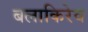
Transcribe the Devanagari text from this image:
बलाकिरेव